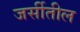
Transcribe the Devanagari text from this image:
जर्सीतील